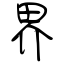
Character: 界